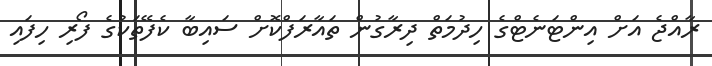
ރާއްޖެ އަށް އިންޓަނެޓްގެ ހިދުމަތް ދިރާގުން ތައާރަފްކޮށް ސައިބާ ކެފޭތަކުގެ ފޯރި ހިފައި